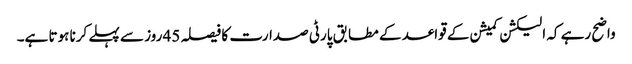
واضح رہے کہ الیکشن کمیشن کے قواعد کے مطابق پارٹی صدارت کا فیصلہ 45 روز سے پہلے کرنا ہوتا ہے۔